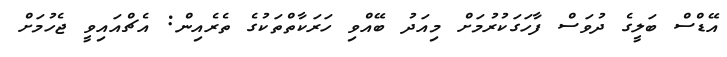
އޭޑްސް ބަލީގެ ދުވަސް ފާހަގަކުރުމަށް މިއަދު ބޭއްވި ހަރަކާތްތަކުގެ ތެރެއިން: އެޗްއައިވީ ޖެހުމަށް